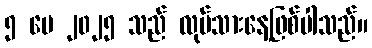
၅ မေ ၂၀၂၅ သည် လုပ်သားနေ့ဖြစ်ပါသည်။